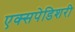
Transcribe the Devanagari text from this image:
एक्सपेडिशरी